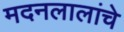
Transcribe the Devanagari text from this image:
मदनलालांचे